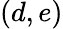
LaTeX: (d,e)